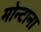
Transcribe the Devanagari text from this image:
मोन्‍टाना